Vaccination in the Punjab 1883-1896 - 1883-1896
Year: 1883
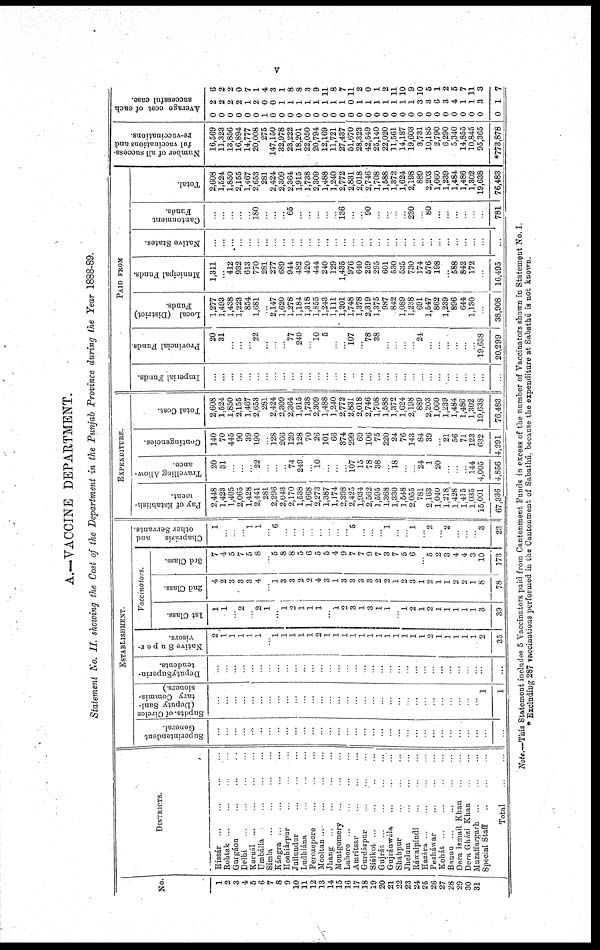
v
A.—VACCINE DEPARTMENT.
Statement No. II. showing the Cost of the Department in the Punjab Province during the Year 1888-89.
No.
1
2
3
4
5
6
7
8
9
10
11
12
13
14
15
16
17
18
19
20
21
22
23
24
25
26
27
28
29
30
31
DISTRICTS.
Hissár ... ... ... ...
Rohtak ... ... ... ...
Guigáon ... ... ... ...
Delhi
...
...
...
...
Karnál ... ... ... ...
Umbálla ... ... ... ...
Simla ... ... ... ...
Kángra ... ... ... ...
Hoshiárpur ... ... ... ...
Jullundur ... ... ... ...
Ludhiána ... ... ... ...
Ferozepore ... ... ... ...
Mooltan...
...
...
...
Jhang
...
...
...
...
Montgomery ... ... ... ...
Lahore ... ... ... ...
Amritsar ... ... ... ...
Gurdáspur ... ... ... ...
Siálkot
...
...
...
...
Gujrát ... ... ... ...
Gujránwála ... ... ... ...
Shahpur ... ... ... ...
Jhelum
...
...
...
...
Ráwalpindi ... ... ... ...
Hazára ... ... ... ...
Pesháwar ... ... ... ...
Kohát ... ... ... ...
Bannu ... ... ... ...
Dera Ismail Khan ... ... ... ...
Dera Gházi Khan ... ... ... ...
Muzaffargarh ... ... ... ...
Special Staff ... ... ... ...
Total . ..
ESTABLISHMENT.
Superintendent
General.
...
...
...
...
...
...
...
...
...
...
...
...
...
...
...
...
...
...
...
...
...
...
...
...
...
...
...
...
...
...
...
...
...
Supdts. of Circles
(Deputy Sani-
tary Coinmis-
siouers )
...
...
...
...
...
...
...
...
...
...
...
...
...
...
...
...
...
...
...
...
...
...
...
...
...
...
...
...
...
...
...
1
1
Deputy Superin-
tendents.
...
...
...
...
...
...
...
...
...
...
...
...
...
...
...
...
...
...
...
...
...
...
...
...
...
...
...
...
...
...
...
...
...
Native Super-
visors
2
1
1
1
1
1
...
1
1
1
1
1
2
1
1
1
1
1
1
1
1
1
1
1
1
2
1
1
1
1
1
2
35
Vaccinators.
1st Class.
1
1
2
2
1
...
1
2
1
1
1
...
l
2
3
1
3
1
1
1
2
1
2
1
1
1
1
1
3
39
2nd Class.
4
2
3
3
3
4
...
1
3 3
2
2
4
3
1
3
3
3
3
2
2
1
2
3
1
2
1
1
2
2
1
8
78
3rd Class.
7
4
5
7
5
8
...
5
8
8
5
6
5
5
4
9
7
7
9
7
3
7
5
6
...
5
2
3
4
4
3
10
173
Chaprásís
and
other Servants.
1
...
...
...
1
1
...
6
...
...
...
...
...
...
...
...
5
...
...
...
1
...
...
1
...
2
...
2
...
...
...
3
23
EXPENDITURE.
Pay of Establish-
ment.
2,448
1,423
1,405
2,065
1,428
2,441
281
2,296
2,043
2,170
1,538
1,668
2,273
1,387
1,174
2,398
2,425
1,934
2,562
],595
1,368
1,330
1,548
2,055
781
2,163
1,040
1,218,
1,428
1,415
1,035
15,001
67,336
Travelling Allow-
ance.
20
31
...
...
...
22
...
...
...
74
249
...
10
...
...
...
107 15
78
38
...
18
...
...
24
1
20
...
...
...
144
4,005
4,856
Contingencies.
140
70
445
90
39
190
128
266
120
128
70
26
101
66
374
299
69
106
75
220
24
76
143
84
39
21
56
71
123
632
4,291
Total Cost.
2,608
1,524
1,850
2,155
1,467
2,653
281
2,424
2,309
2,364
1,915
1,738
2,309
1,488
1,240
2,772
2,831
2,018
2,746
1,708
1,588
1,372
1,624
2,198
889
2,203
1,060
1,239
1,484
1,486
1,302
19,638
76,483
PAID FROM
Impeiial Funds.
...
...
...
...
...
...
...
...
...
...
...
...
...
...
...
...
...
...
...
...
...
...
...
...
...
...
...
...
...
...
...
...
...
Provincial Funds.
20
31
...
...
...
22
...
...
...
77
249
...
10
5
...
...
107
...
78
38
...
...
...
...
24
...
...
...
...
...
...
19,638
20,299
Local (District)
Funds.
1,277
1,493
1,438
1,223
854
1,681
2,147
1,620
1,278
1,184
1,318
1,855
1,243
1,111
1,201
1,748
1,378
2,319
1,375
987
842
1,089
1,238
691
1,547
862
1,239
896
644
1,130
...
38,908
Municipal Funds.
1,311
...
412
932
613
770
281
277
689
944
482
420
444
240
129
1,435
976
640
259
295
601
530
535
730
174
576
198
...
588
842
172
...
16,495
Native States.
...
...
...
...
...
...
...
...
...
...
...
...
...
...
...
...
...
...
...
...
...
...
...
...
...
...
...
...
...
...
...
...
...
Cantonment
Funds.
...
...
...
...
...
180
...
...
...
65
...
...
...
...
...
136
...
...
90
...
...
...
...
230
...
80
...
...
...
...
...
...
781
Total.
2,608
1,524
1,850
2,155
1,467
2,653
281
2,424
2,309
2,364
1,915
1,738
2,309
1,488
1,240
2,772
2,831
2,018
2,746
1,708
1,588
1,372
1,624
2,198
889
2,203
1,060
1,239
1,484
1,486
1,302
19,638
76,483
Number of all success-
ful vaccinations and
re-vaccinations.
16,569
11,323
13,856
16,894
14,777
20,008
275
147,150
32,978
23,222
18,201
22,050
20,794
12,169
11,721
27,437
51,670
28,323
42,549
25,140
22,020
11,561
14,187
19,603
3,731
10,185
2,790
6,290
5,340
14,855
10,845
95,365
*773,878
Average cost of each
successful case.
0
0
0
0
0
0
1
0
0
0
0
0
0
0
0
0
0
0
0
0
0
0
0
0
0
0
0
0
0
0
0
0
0
2
2
2
2
1
2
0
0
1
1
1
1
1
1
1
1
0
1
1
1
1
1
1
1
3
3
6
3
4
1
1
3
1
6
2
2
0
7
1
4
3
1
8
8
3
9
11
8
7
11
2
0
1
2
11 10
9
10
5
1
2
5
7
11
3
7
Note.-—This Statement include 5 Vaccinators paid from Cantonment Funds in excess of the number of Vaccinators shown in Statement No. I.
* Excluding 287 vaccinations performed in the Cantonment of Sabathú because the expenditure at Sabathú is not known.